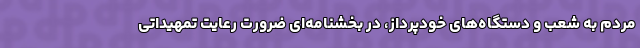
مردم به شعب و دستگاه‌های خودپرداز، در بخشنامه‌ای ضرورت رعایت تمهیداتی